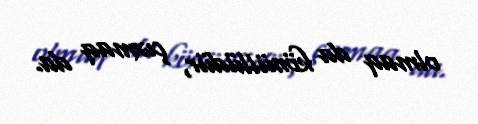
olmaq da könüllüdür, çıxmaq da.